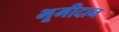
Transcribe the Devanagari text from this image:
भूमीदान